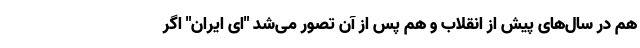
هم در سال‌های پیش از انقلاب و هم پس از آن تصور می‌شد "ای ایران" اگر